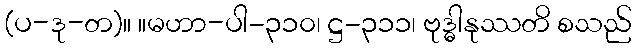
(ပ-ဒု-တ)။ ။မဟာ-ပါ-၃၁၀၊ ဋ္ဌ-၃၁၁၊ ဗုဒ္ဓါနုဿတိ စသည်